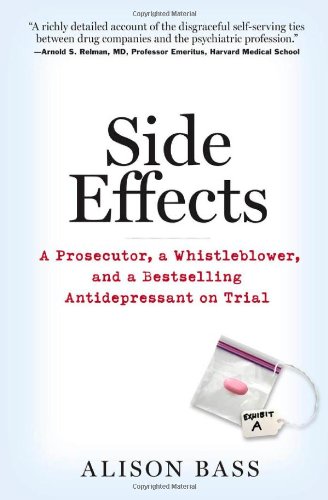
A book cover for Side Effects: A Prosecutor, a Whistleblower, and a Bestselling Antidepressant on Trial; Alison Bass; Business & Money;